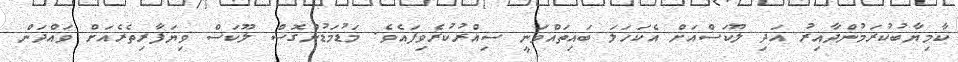
ކާމިޔާބުކުރަމުންދާއިރު އަދި ލޫކަސްއަށް އެކަހަލަ ބައިތައްވަނީ ސިއްރުކުރެވިފައެވެ. މަޑުމަޑުންގޮސް ލޫކަސް ވިޔަފާރިތެރެއަށް ވައްދަން